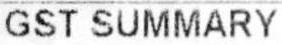
GST SUMMARY